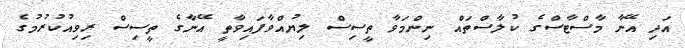
އަދި އޭނާ މާސްޓާސްގެ ކުލާސްތައް ނިންމަވާ ތީސިސް ލިޔުއްވާފައިވާތީ އޭނާގެ ތީސިސް ރިވިއުކުރުމުގެ